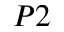
P 2